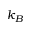
k _ { B }